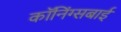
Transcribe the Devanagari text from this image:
कॉनिंग्सबाई